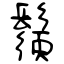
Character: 鬚